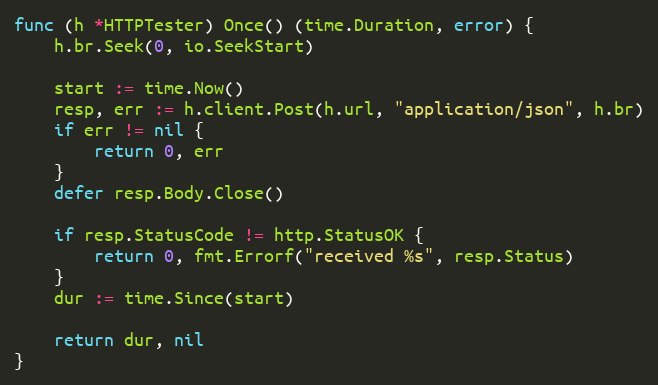
Language: Go
func (h *HTTPTester) Once() (time.Duration, error) {
	h.br.Seek(0, io.SeekStart)

	start := time.Now()
	resp, err := h.client.Post(h.url, "application/json", h.br)
	if err != nil {
		return 0, err
	}
	defer resp.Body.Close()

	if resp.StatusCode != http.StatusOK {
		return 0, fmt.Errorf("received %s", resp.Status)
	}
	dur := time.Since(start)

	return dur, nil
}